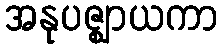
အနုပဇ္ဈာယကာ